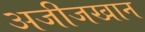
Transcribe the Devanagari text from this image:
अजीजखान